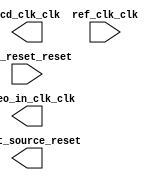

module video (
	lcd_clk_clk,
	ref_clk_clk,
	ref_reset_reset,
	reset_source_reset,
	video_in_clk_clk);	

	output		lcd_clk_clk;
	input		ref_clk_clk;
	input		ref_reset_reset;
	output		reset_source_reset;
	output		video_in_clk_clk;
endmodule